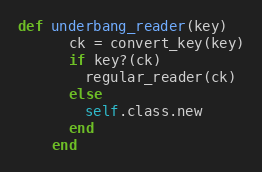
Language: Ruby
def underbang_reader(key)
      ck = convert_key(key)
      if key?(ck)
        regular_reader(ck)
      else
        self.class.new
      end
    end